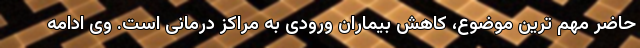
حاضر مهم ترین موضوع، کاهش بیماران ورودی به مراکز درمانی است. وی ادامه